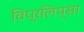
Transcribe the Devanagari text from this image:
विप्रलिप्सा